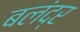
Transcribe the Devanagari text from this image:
बलंद्र